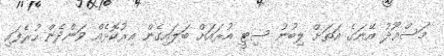
މަސްޢޫދު އޭނަގެ އަތަށް ލިބުނު ސިޓީ އުރައަށް ބަލައިގެން އިރުކޮޅެއް ވަންދެން ހުރެފައި